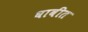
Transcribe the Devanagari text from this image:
घावीत